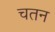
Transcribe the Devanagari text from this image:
चतन